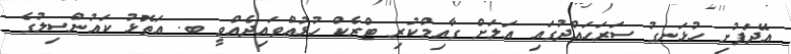
އޭދަފުށި ހުޅަނގު ސަރަހައްދުގައި އަލަށް ގާއިމްކުރި ޓްރެކް ހުޅުއްވައިދެއްވީ ބ. އަތޮޅު ކައުންސިލުގެ